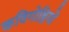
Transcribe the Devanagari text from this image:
कविगोष्ठियों